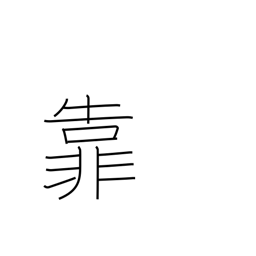
Meaning: lean on